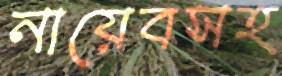
নায়েবসহ